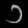
Digit: ၁